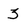
Character: 3